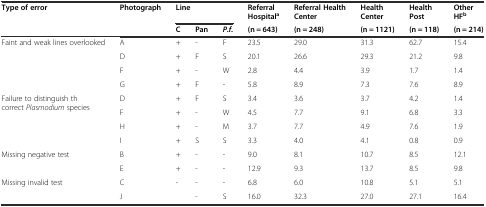
| <ROWSPAN=2> Type of error | <ROWSPAN=2> Photograph | <COLSPAN=3> Line | Referral Hospitala | Referral Health Center | Health Center | Health Post | Other HFb |
 | C | Pan | P.f. | (n = 643) | (n = 248) | (n = 1121) | (n = 118) | (n = 214) |
 | --- | --- | --- | --- | --- | --- | --- | --- | --- | --- |
 | <ROWSPAN=4> Faint and weak lines overlooked | A | + | - | F | 23.5 | 29.0 | 31.3 | 62.7 | 15.4 |
 | D | + | F | S | 20.1 | 26.6 | 29.3 | 21.2 | 9.8 |
 | F | + | - | W | 2.8 | 4.4 | 3.9 | 1.7 | 1.4 |
 | G | + | F | - | 5.8 | 8.9 | 7.3 | 7.6 | 8.9 |
 | <ROWSPAN=4> Failure to distinguish th correct Plasmodium species | D | + | F | S | 3.4 | 3.6 | 3.7 | 4.2 | 1.4 |
 | F | + | - | W | 4.5 | 7.7 | 9.1 | 6.8 | 3.3 |
 | H | + | - | M | 3.7 | 7.7 | 4.9 | 7.6 | 1.9 |
 | I | + | S | S | 3.3 | 4.0 | 4.1 | 0.8 | 0.9 |
 | <ROWSPAN=2> Missing negative test | B | + | - | - | 9.0 | 8.1 | 10.7 | 8.5 | 12.1 |
 | E | + | - | - | 12.9 | 9.3 | 13.7 | 8.5 | 9.8 |
 | <ROWSPAN=2> Missing invalid test | C | - | - | - | 6.8 | 6.0 | 10.8 | 5.1 | 5.1 |
 | J |  | - | S | 16.0 | 32.3 | 27.0 | 27.1 | 16.4 |